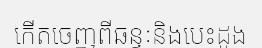
កើតចេញពីឆន្ទៈនិងបេះដូង